Calcutta medical institutions reports 1892-1900
Year: 1892
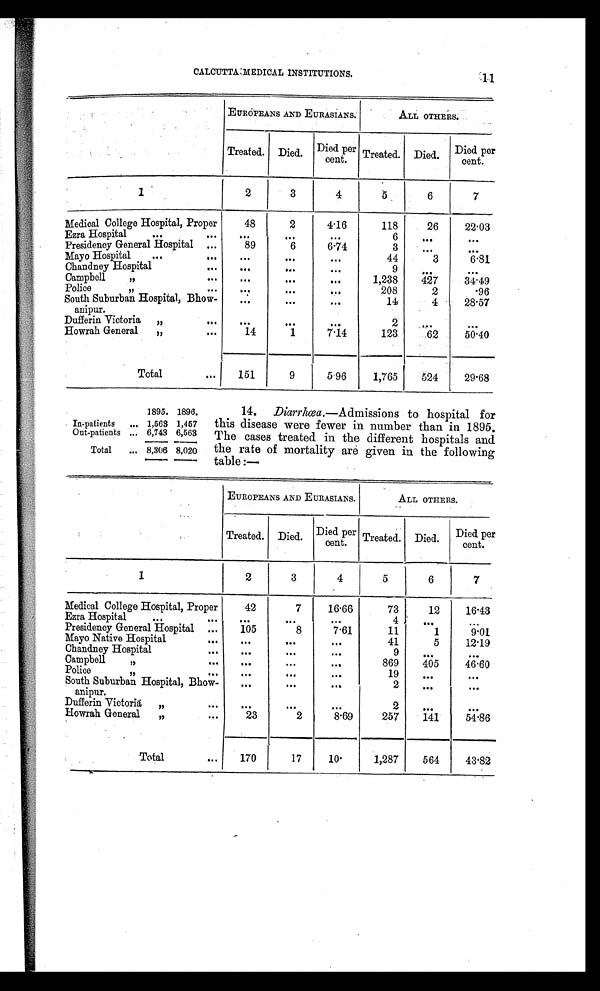
12 REPORT ON THE •
It is noticeable that while the rate of mortality among Europeans and
Eurasians was only 10 per cent., it was 43.82 per cent. among patients of
all other classes. This enormous death-rate among natives is due to the fact
that a large number of chronic and moribund cases find their way into the
Campbell and Howrah Hospitals.
15. Malarial fevers.— Among the general population fever was less
prevalent than in the preceding year, and the
numbers treated in the various hospitals show a
corresponding reduction. The total death-rate
amongst in-door patients was slightly higher
than in 1895, viz., 9.49, as contrasted with 8.73.
For Europeans and Eurasians it was 2.10, as against.
2.53 per cent. in 1895, and for other classes 11.09 instead of 9.91.
16. Venereal diseases-Again show an increase, the numbers having been
542 in excess of those for 1895. The figures
entered in the margin refer to both "in" and
"out" patients treated at all the hospitals in Cal-
cutta, including the Voluntary Venereal Hospitals
and the new Hospital at Bhawanipur. As compared
with the results of 1895, the attendance of patients
fluctuated at the different institutions. Thus in
the Medical College Hospital there was an increase
of 600; at the Mayo Hospital and its branches, the Chandney and Sukea's
Street Dispensaries, an addition of 190, and at the Voluntary Venereal
Hospitals an excess of 67, while the Presidency General Hospital had a decrease
of 86, the Campbell Hospital of 7, the Park Street Dispensary of 82, the Chitpur
Dispensary of 40, and the Dufferin Victoria Hospital of 217.
The numbers of cases treated as suffering from the most serious-venereal
affections are given below:
—
1895.
1896.
In-patients
5,107 3,983
Out-patients
54,149 44,999
Total 59,256 48,982
1888
12,920
1889
12,793
1890
12,326
1891
11,886
1892
13,072
1893
14,483
1894
13,419
1895
13,674
189 6
14,216
Primary
syphilis.
Secondary
syphilis.
1888
4,684
4,422
1889
4,752
4,502
1890
4,000
3,247
1891
3,903
3,241
1892
4,109
3,348
Primary
syphilis
Secondary
syphilis.
1893
4,878
3,622
1894
4,622
3,432
1895
4,478
3,377
1896
4,469
3,610
17. Tubercular diseases—Gave 347 admissions against 451 in 1895, a
decrease of 104. The death was also considerably lower, having been 34 per
cent. as compared with 43.23.
18. Respiratory diseases—including diseases of the lungs, account for 1,907
admissions, as against 1,518 in the previous year. The number of deaths
was 401, or 21.02 per cent., compared with 281 and 18.51 per cent. in 1895.
Diseases of the lungs, taken separately, show an increase, having been 909,
against 645. Larger numbers of patients under this head were treated in all
except the Presidency General, Dufferin Victoria and Police Hospitals.
19. Leprosy.—In all 22 cases of this disease were treated during the
year—15 in the Campbell Hospital, 2 each in the Medical College and Police
Hospitals, and 1 each in the Presidency General, Bhawanipur, and Howrah
Hospitals.
20. Rheumatic affections.—T h e r e
w e r e i n a l l 5 1 8 a d m i s s i o n s , o r 2 3 m o r e
than in 1895, while the death-rate was .96 per cent. instead of • 40. Amongst
the police there were 76 cases, an increase of 20.
21. The incidence of other diseases entered under the remaining headings
of the table presents no variation calling for remark.